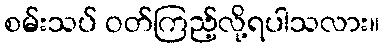
စမ်းသပ် ဝတ်ကြည့်လို့ရပါသလား။